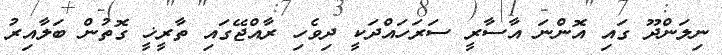
ނިލަންދޫ ގައި އޮންނަ އާސާރީ ސަރަހައްދަކީ ދިވެހި ރާއްޖޭގައި ތާރީޚީ ގޮތުން ބަލާއިރު